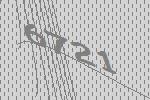
6721